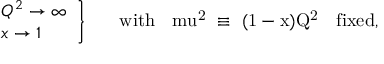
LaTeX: \left. \begin{array} { l } { { Q ^ { 2 } \rightarrow \infty } } \\ { { x \rightarrow 1 } } \end{array} \right\} \; \; \; \; \; \; \mathrm { w i t h ~ \; \ m u ^ { 2 } ~ \equiv ~ ( 1 - x ) Q ^ { 2 } ~ \; ~ f i x e d , }